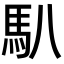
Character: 𩡩